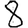
Digit: 8